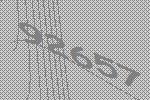
92657